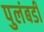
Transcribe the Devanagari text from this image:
पुलंबडी